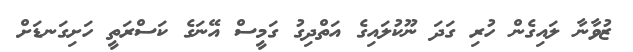
ޒުވާނާ ލައިގެން ހުރި ގަދަ ނޫކުލައިގެ އަތްދިގު ގަމީސް އޭނަގެ ކަސްރަތީ ހަށިގަނޑަށް